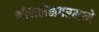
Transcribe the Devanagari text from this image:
भोसलेनगरमध्ये